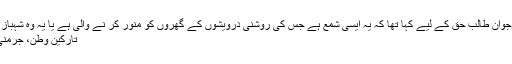
شہنشاہ ہندحضرت خواجہ معین الدین چشتی اجمیری ؒ نے جس نوجوان طالب حق کے لیے کہا تھا کہ یہ ایسی شمع ہے جس کی روشنی درویشوں کے گھروں کو منور کر نے والی ہے یا یہ وہ شہباز ہے جس کی پرواز آسمانوں میں ہو گئی آپ کا نام حضرت […]
تارکین وطن، جرمنی نیوز، مضامین و کالم، پاکستان نیوز Comments Off on ۔